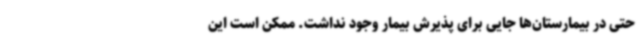
حتی در بیمارستان‌ها جایی برای پذیرش بیمار وجود نداشت. ممکن است این